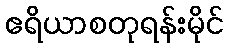
ဧရိယာစတုရန်းမိုင်